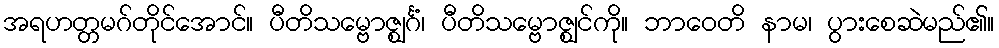
အရဟတ္တမဂ်တိုင်အောင်။ ပီတိသမ္ဗောဇ္ဈင်္ဂံ၊ ပီတိသမ္ဗောဇ္ဈင်ကို။ ဘာဝေတိ နာမ၊ ပွားစေဆဲမည်၏။